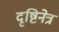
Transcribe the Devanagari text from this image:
दृष्टिनेत्र